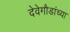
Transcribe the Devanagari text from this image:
देवेगौडांच्या